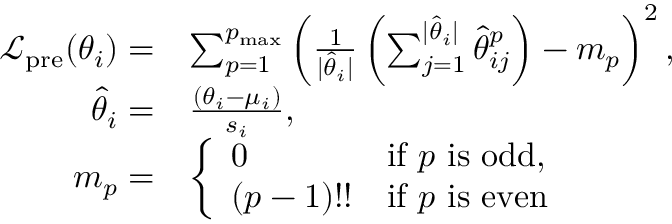
\begin{array} { r l } { \mathcal { L } _ { \mathrm { p r e } } ( \theta _ { i } ) = } & { \sum _ { p = 1 } ^ { p _ { \mathrm { m a x } } } \left( \frac { 1 } { \vert \hat { \theta } _ { i } \vert } \left( \sum _ { j = 1 } ^ { \vert \hat { \theta } _ { i } \vert } \hat { \theta } _ { i j } ^ { p } \right) - m _ { p } \right) ^ { 2 } , } \\ { \hat { \theta } _ { i } = } & { \frac { ( \theta _ { i } - \mu _ { i } ) } { s _ { i } } , } \\ { m _ { p } = } & { \left\{ \begin{array} { l l } { 0 } & { \mathrm { i f ~ } p \mathrm { ~ i s ~ o d d } , } \\ { ( p - 1 ) ! ! } & { \mathrm { i f ~ } p \mathrm { ~ i s ~ e v e n } } \end{array} \right. } \end{array}